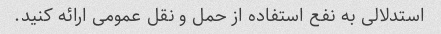
استدلالی به نفع استفاده از حمل و نقل عمومی ارائه کنید.